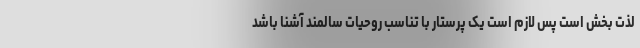
لذت بخش است پس لازم است یک پرستار با تناسب روحیات سالمند آشنا باشد